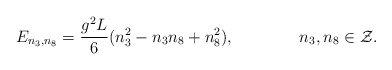
\begin{align*}E_{n_3,n_8}= {g^2 L\over 6} (n_3^2-n_3n_8+n_8^2),\qquad\qquad n_3,n_8\in{\cal Z}.\end{align*}